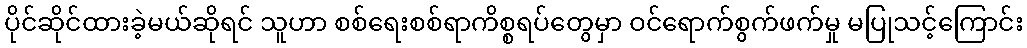
ပိုင်ဆိုင်ထားခဲ့မယ်ဆိုရင် သူဟာ စစ်ရေးစစ်ရာကိစ္စရပ်တွေမှာ ဝင်ရောက်စွက်ဖက်မှု မပြုသင့်ကြောင်း